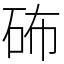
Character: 𥑢